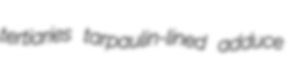
tertiaries tarpaulin-lined adduce